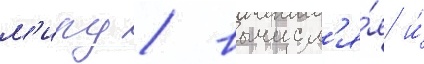
м'иру / вычисл'я́я и́